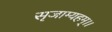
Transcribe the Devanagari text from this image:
सृजाम्यहम्।।